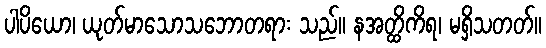
ပါပိယော၊ ယုတ်မာသောသဘောတရား သည်။ နအတ္ထိကိရ၊ မရှိသတတ်။